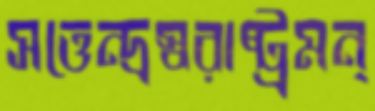
সত্তেন্দ্রস্বরাষ্ট্রমন্